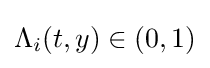
\Lambda _{i}(t,y)\in (0,1)